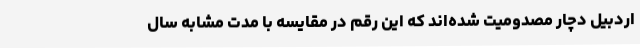
اردبیل دچار مصدومیت شده‌اند که این رقم در مقایسه با مدت مشابه سال